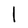
Character: l